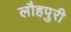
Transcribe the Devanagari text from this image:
लौहपुरी